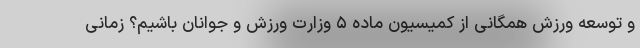
و توسعه ورزش همگانی از کمیسیون ماده ۵ وزارت ورزش و جوانان باشیم؟ زمانی